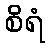
စိရံ